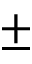
\pm